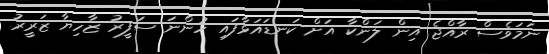
ނަމަވެސް ރާއްޖެ އިން ލަންކާ އަށް ކަނޑައަޅާފައި ހުންނަ ސަފީރު ޒާހިޔާ ޒަރީރު